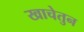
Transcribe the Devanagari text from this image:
खाचेतुन